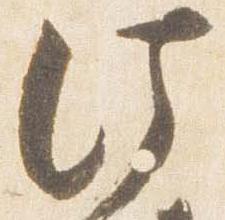
法